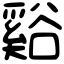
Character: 谿